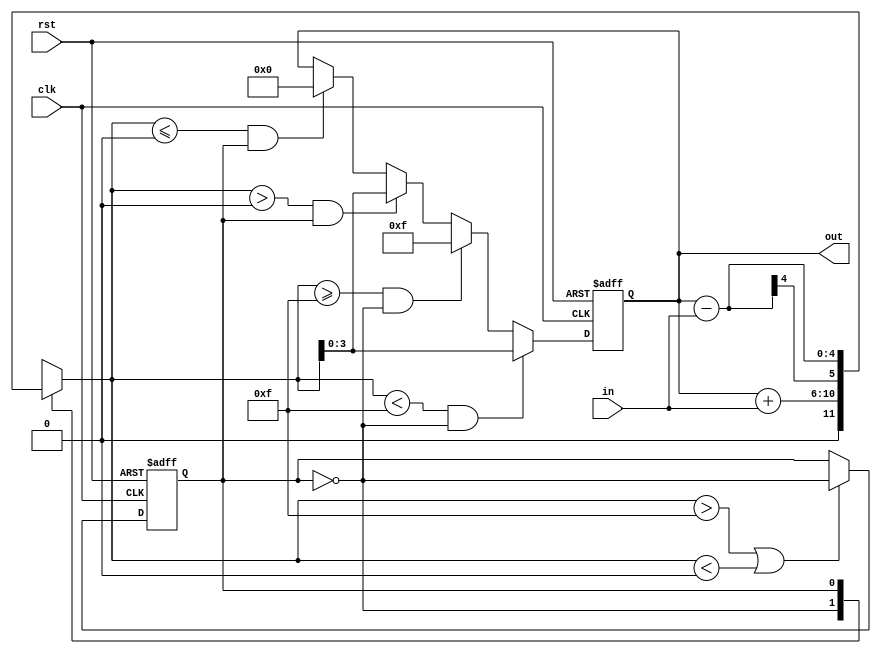
`timescale 1ns / 1ps
module counter(out, clk, rst, in);
  output reg [3:0] out;
  input clk;
  input rst; 
  input [1:0] in;
  
reg signed [5:0] out_tmp;
reg mode;	//1'b0 inc
			//1'b1 dec
			
always@(*)begin	
	case(mode)
		1'b0:	out_tmp = out + in;
		1'b1:	out_tmp = out - in;
		default: out_tmp = 0;
	endcase
end

always@(posedge clk or posedge rst)begin
	if(rst)
		out <= 4'd0;
	else if(out_tmp < 15 && mode == 1'b0)
		out <= out_tmp[3:0];
	else if(out_tmp >= 15 && mode == 1'b0)
		out <= 4'd15;
	else if(out_tmp > 0 && mode == 1'b1)
		out <= out_tmp[3:0];
	else if(out_tmp <= 0 && mode == 1'b1)
		out <= 4'd0;
end		
	
always@(posedge clk or posedge rst)begin
	if(rst)
		mode <= 0;
	else if(out_tmp > 15 || out_tmp < 0)
		mode <= ~mode;
end
	
	
endmodule